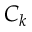
C _ { k }